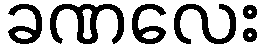
ခဏလေး